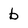
Character: b